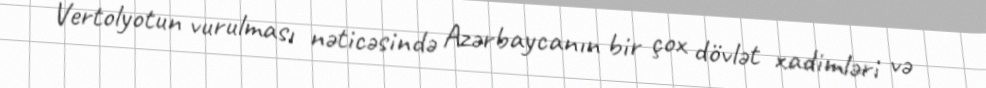
Vertolyotun vurulması nəticəsində Azərbaycanın bir çox dövlət xadimləri və